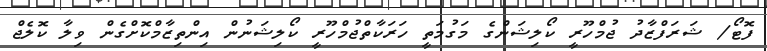
ފޮޓޯ/ ޝަރަފްޒާދު ޖުމްހޫރީ ކޯލިޝަންގެ މަގުމަތީ ހަރަކާތްޖުމްހޫރީ ކޯލިޝަނުން އިންތިޒާމްކޮށްގެން ވިލާ ކޮލެޖް